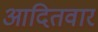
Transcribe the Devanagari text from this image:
आदितवार